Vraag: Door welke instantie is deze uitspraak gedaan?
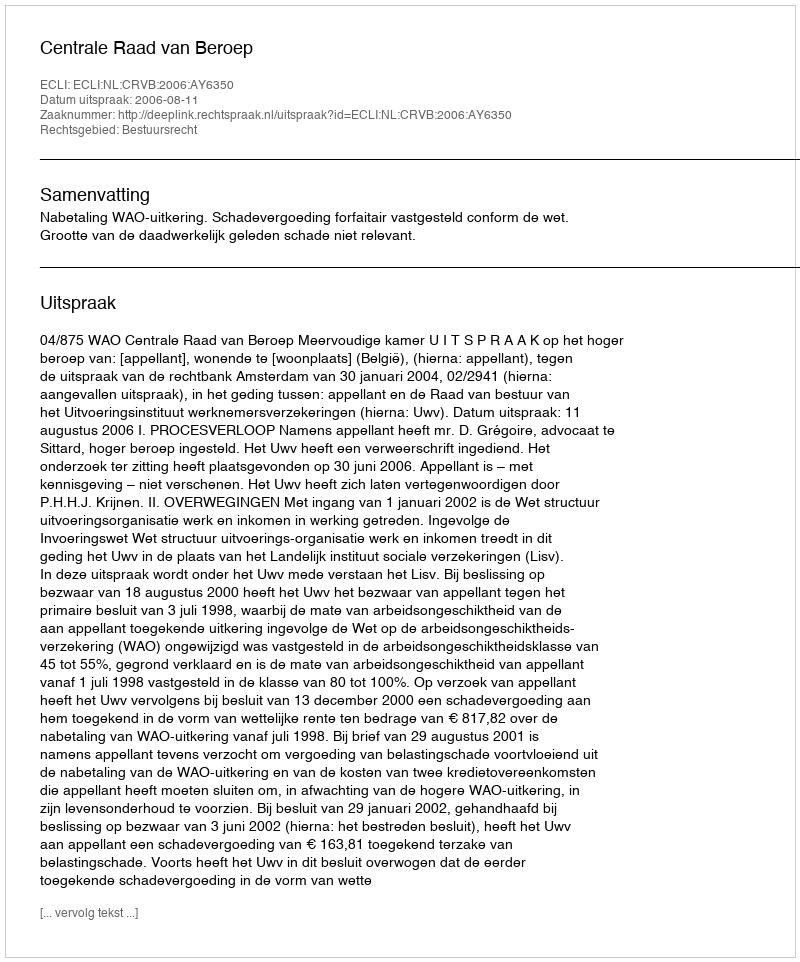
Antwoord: Centrale Raad van Beroep